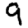
Digit: 9